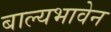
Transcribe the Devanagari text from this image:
बाल्यभावेन